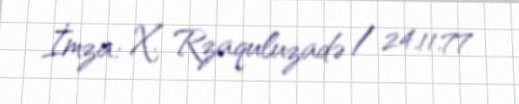
İmza: X. Rzaquluzadə / 24.11.77